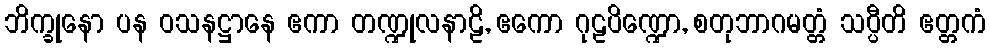
ဘိက္ခုနော ပန ဝသနဋ္ဌာနေ ဧကာ တဏ္ဍုလနာဠိ, ဧကော ဂုဠပိဏ္ဍော, စတုဘာဂမတ္တံ သပ္ပီတိ ဧတ္တကံ